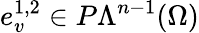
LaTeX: e_{v}^{1,2}\in P\Lambda^{n-1}(\Omega)